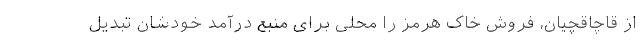
از قاچاقچیان، فروش خاک هرمز را محلی برای منبع درآمد خودشان تبدیل